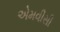
એમવીસી